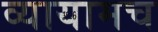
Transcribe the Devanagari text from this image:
व्यायामच